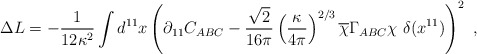
\begin{align*}\Delta L = -{1\over 12 \kappa^2}\int d^{11} x \left( \partial_{11} C_{ABC} - {\sqrt{2}\over 16\pi}\left({\kappa\over 4\pi}\right)^{2/3} \overline{\chi} \Gamma_{ABC} \chi\ \delta(x^{11}) \right)^2 \ ,\end{align*}